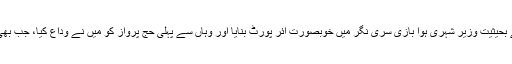
انہوں نے کہا 'میں کشمیر سے اتنی محبت کرتا ہوں جتنی ایک کشمیری کشمیر سے محبت کرتا ہے، میں نے بحیثیت وزیر شہری ہوا بازی سری نگر میں خوبصورت ائر پورٹ بنایا اور وہاں سے پہلی حج پرواز کو میں نے وداع کیا، جب بھی کشمیر کے لوگ مجھ سے ملتے ہیں تو میں بہاری بن کے نہیں بلکہ کشمیری بن کے ان کے کام کرتا ہوں'۔